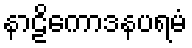
နာဠိကောဒနပရမံ